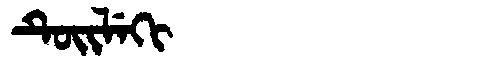
Manchu: ᡨᡠᡳᠯᡝᡴᡳ
Romanization: TUILEKI